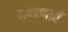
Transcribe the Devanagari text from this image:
मन्त्रणाएँ